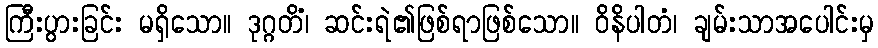
ကြီးပွားခြင်း မရှိသော။ ဒုဂ္ဂတိံ၊ ဆင်းရဲ၏ဖြစ်ရာဖြစ်သော။ ဝိနိပါတံ၊ ချမ်းသာအပေါင်းမှ